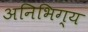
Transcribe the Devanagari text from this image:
अनिभिग्य